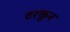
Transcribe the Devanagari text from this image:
टरकून